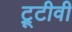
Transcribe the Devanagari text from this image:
ट्रूटीवी